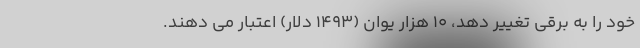
خود را به برقی تغییر دهد، 10 هزار یوان (1493 دلار) اعتبار می دهند.